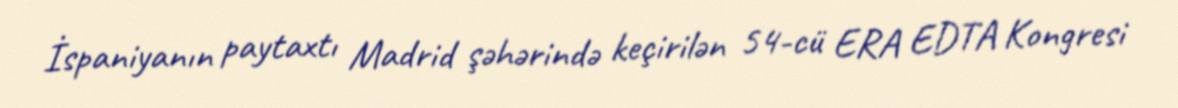
İspaniyanın paytaxtı Madrid şəhərində keçirilən 54-cü ERA EDTA Kongresi